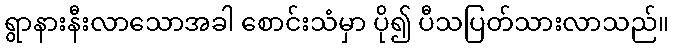
ရွာနားနီးလာသောအခါ စောင်းသံမှာ ပို၍ ပီသပြတ်သားလာသည်။